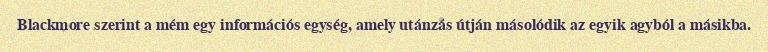
Blackmore szerint a mém egy információs egység, amely utánzás útján másolódik az egyik agyból a másikba.